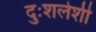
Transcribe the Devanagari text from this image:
दुःशलेशी